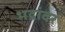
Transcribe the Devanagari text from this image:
भद्रांवर